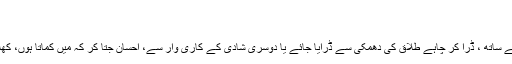
محبّت میں کسی کو رلایا نہیں جاتا
عورت کو ڈرا دھمکا کر:
اگر شوہر بیوی کو مجبور کرتا ہے اپنے درشت رویے اور الفاظ کے ساتھ ، ڈرا کر چاہے طلاق کی دھمکی سے ڈرایا جائے یا دوسری شادی کے کاری وار سے، احسان جتا کر کہ میں کماتا ہوں، کھلاتا ہوں سو میرے لیے ہمہ وقت حاضر رہو تو یہ جذباتی تشدد ہے۔